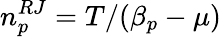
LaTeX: n_{p}^{RJ}=T/(\beta_{p}-\mu)